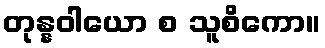
တုန္နဝါယော စ သူစိကော။